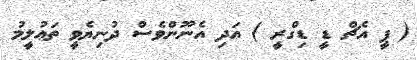
( ޕީ އެޗް ޑީ ޑިގްރީ ) އަދި އެނޫންވެސް ދުނިޔެވީ ތަޢުލީމު